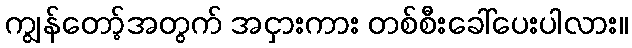
ကျွန်တော့်အတွက် အငှားကား တစ်စီးခေါ်ပေးပါလား။